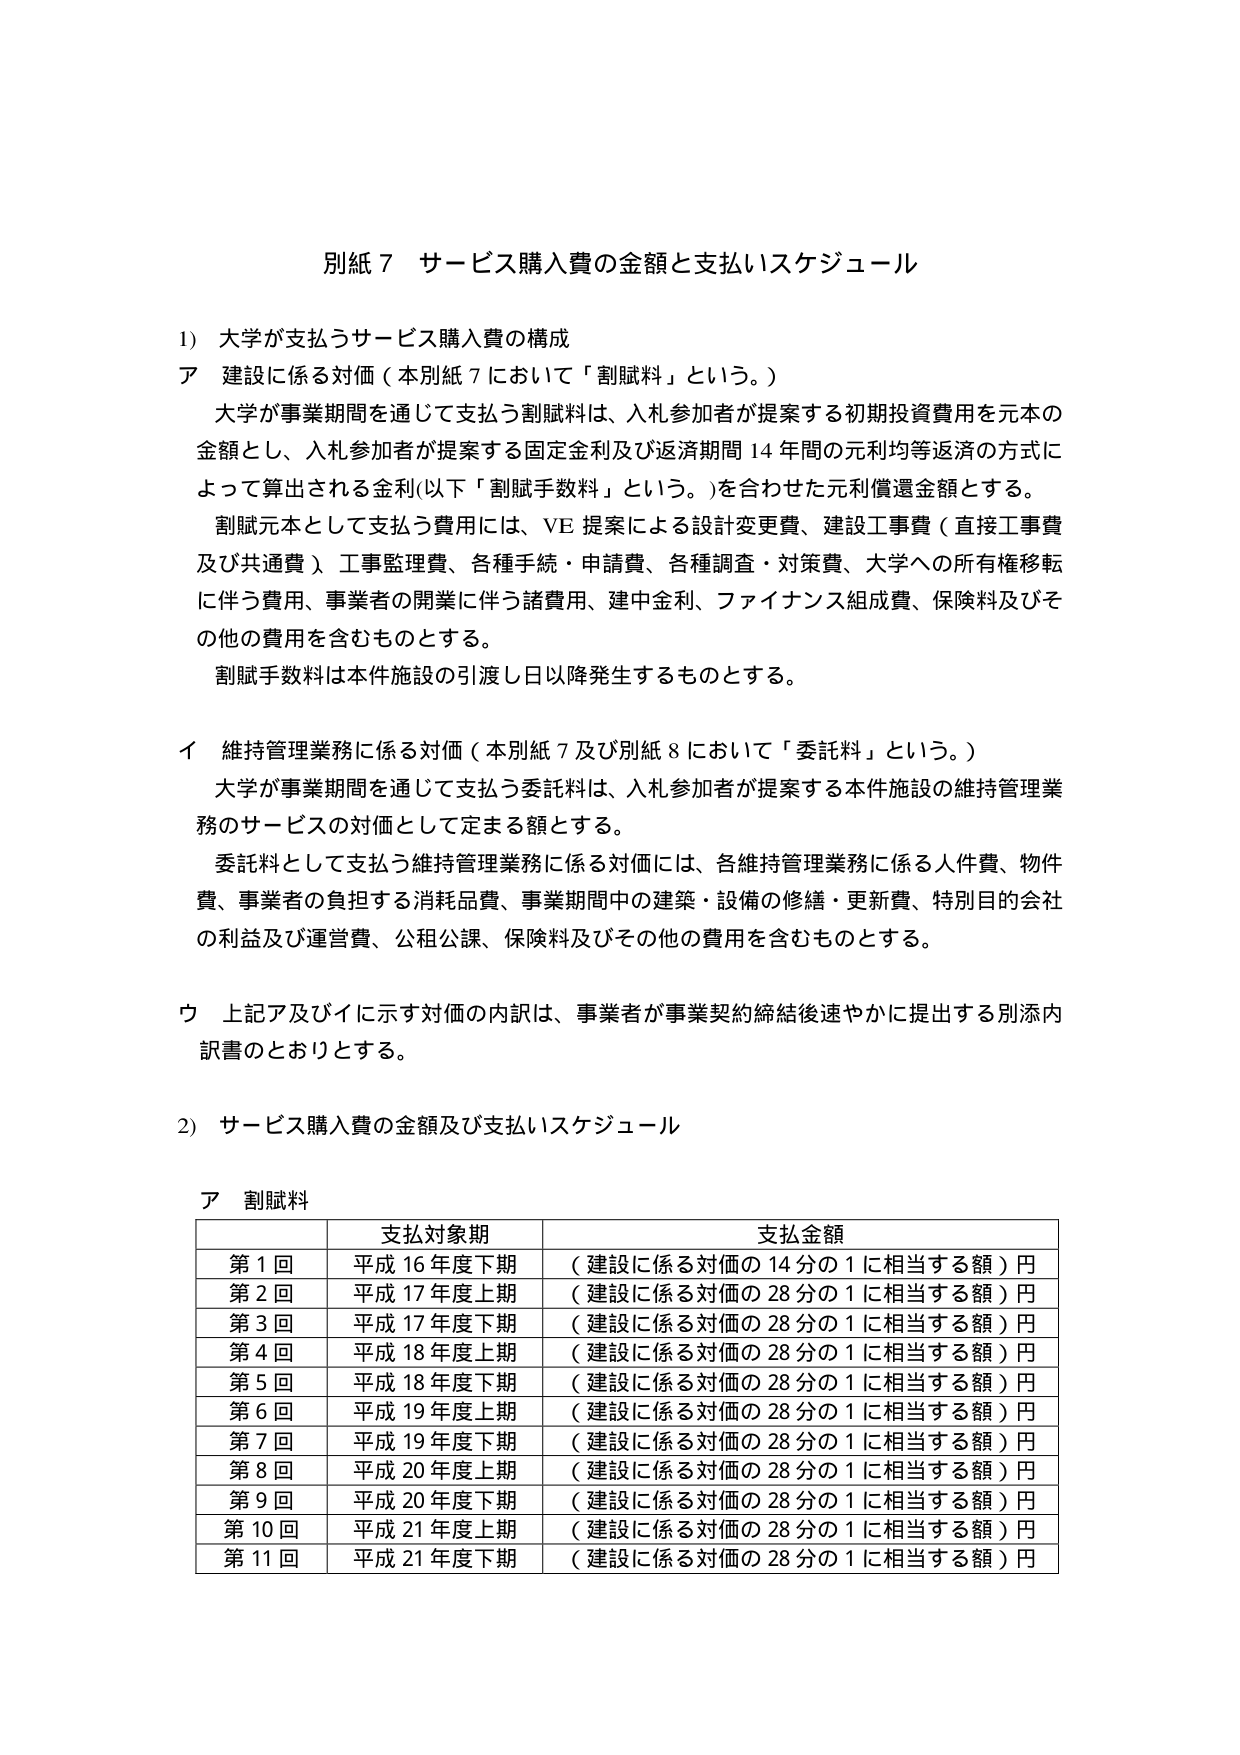
別紙７ サービス購入費の金額と支払いスケジュール

1) 大学が支払うサービス購入費の構成

ア 建設に係る対価（本別紙７において「割賦料」という。）

大学が事業期間を通じて支払う割賦料は、入札参加者が提案する初期投資費用を元本の金額とし、入札参加者が提案する固定金利及び返済期間14年間の元利均等返済の方式によって算出される金利（以下「割賦手数料」という。）を合わせた元利償還金額とする。

割賦元本として支払う費用には、VE提案による設計変更費、建設工事費（直接工事費及び共通費）、工事監理費、各種手続・申請費、各種調査・対策費、大学への所有権移転に伴う費用、事業者の開業に伴う諸費用、建中金利、ファイナンス組成費、保険料及びその他の費用を含むものとする。

割賦手数料は本件施設の引渡し日以降発生するものとする。

イ 維持管理業務に係る対価（本別紙７及び別紙８において「委託料」という。）

大学が事業期間を通じて支払う委託料は、入札参加者が提案する本件施設の維持管理業務のサービスの対価として定まる額とする。

委託料として支払う維持管理業務に係る対価には、各維持管理業務に係る人件費、物件費、事業者の負担する消耗品費、事業期間中の建築・設備の修繕・更新費、特別目的会社の利益及び運営費、公租公課、保険料及びその他の費用を含むものとする。

ウ 上記ア及びイに示す対価の内訳は、事業者が事業契約締結後速やかに提出する別添内訳書のとおりとする。

2) サービス購入費の金額及び支払いスケジュール

ア 割賦料

| | 支払対象期 | 支払金額 |
|---|---|---|
| 第1回 | 平成16年度下期 | （建設に係る対価の14分の1に相当する額）円 |
| 第2回 | 平成17年度上期 | （建設に係る対価の28分の1に相当する額）円 |
| 第3回 | 平成17年度下期 | （建設に係る対価の28分の1に相当する額）円 |
| 第4回 | 平成18年度上期 | （建設に係る対価の28分の1に相当する額）円 |
| 第5回 | 平成18年度下期 | （建設に係る対価の28分の1に相当する額）円 |
| 第6回 | 平成19年度上期 | （建設に係る対価の28分の1に相当する額）円 |
| 第7回 | 平成19年度下期 | （建設に係る対価の28分の1に相当する額）円 |
| 第8回 | 平成20年度上期 | （建設に係る対価の28分の1に相当する額）円 |
| 第9回 | 平成20年度下期 | （建設に係る対価の28分の1に相当する額）円 |
| 第10回 | 平成21年度上期 | （建設に係る対価の28分の1に相当する額）円 |
| 第11回 | 平成21年度下期 | （建設に係る対価の28分の1に相当する額）円 |